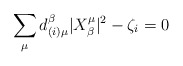
\begin{align*}\sum_{\mu} d_{(i)\mu}^\beta|X^{\mu}_{\beta}|^2 - \zeta_i=0\end{align*}